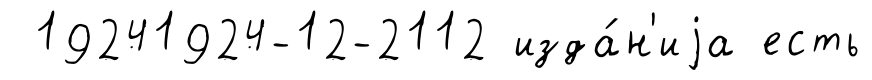
19241924-12-2112 изда́н'иjа есть